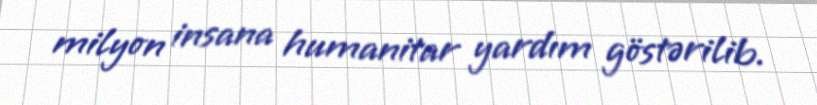
milyon insana humanitar yardım göstərilib.